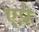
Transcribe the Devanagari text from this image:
एप्रे